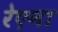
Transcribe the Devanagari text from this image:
रेएना